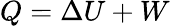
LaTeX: Q=\Delta U+W